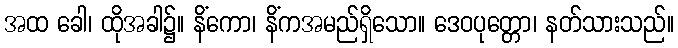
အထ ခေါ၊ ထိုအခါ၌။ နိံကော၊ နိံကအမည်ရှိသော။ ဒေဝပုတ္တော၊ နတ်သားသည်။